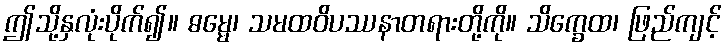
ဤသို့နှလုံးပိုက်၍။ ဓမ္မေ၊ သမထဝိပဿနာတရားတို့ကို။ သိက္ခေထ၊ ဖြည်ကျင့်